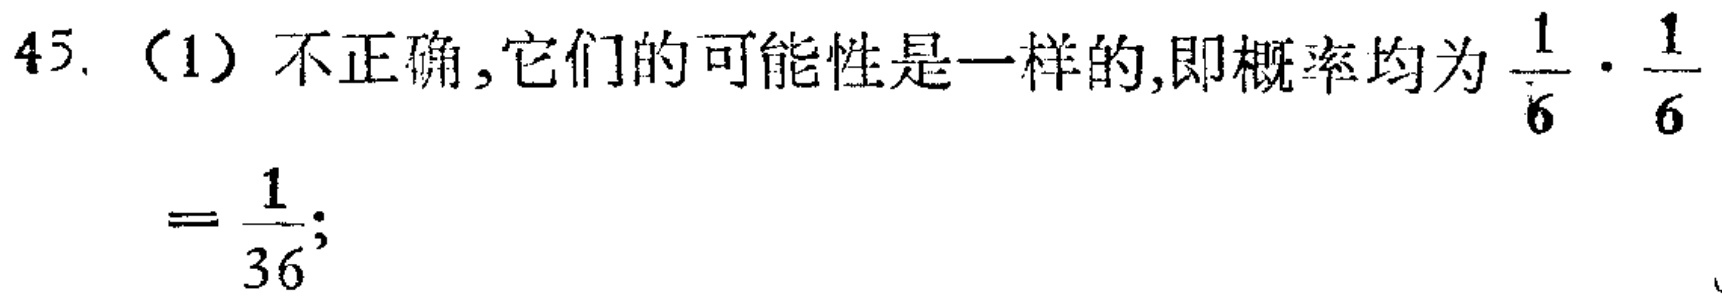
45. （1）不正确,它们的可能性是一样的,即概率均为$\frac{1}{6}\cdot\frac{1}{6}$

$=\frac{1}{36}$;